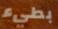
بطيء